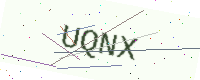
Text: UQNX